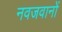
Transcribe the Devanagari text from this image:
नवजवानों